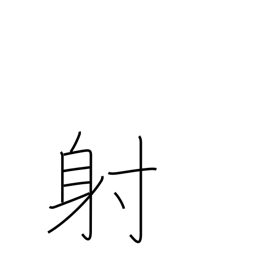
Meaning: shoot